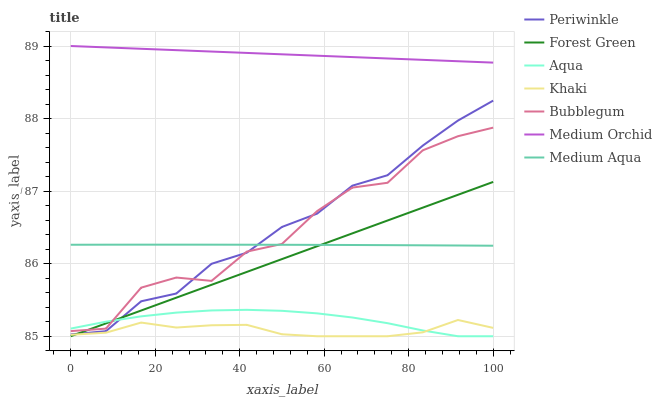
| xaxis_label | Periwinkle | Forest Green | Aqua | Khaki | Bubblegum | Medium Orchid | Medium Aqua |
 | --- | --- | --- | --- | --- | --- | --- | --- |
 | 0 | 85 | 85 | 85.1 | 85 | 85.1 | 89 | 86.3 |
 | 8.33 | 85.1 | 85.2 | 85.2 | 85 | 85.1 | 89 | 86.3 |
 | 16.7 | 85.5 | 85.4 | 85.3 | 85.2 | 85.7 | 89 | 86.3 |
 | 25 | 85.6 | 85.5 | 85.3 | 85.1 | 85.8 | 88.9 | 86.3 |
 | 33.3 | 86 | 85.7 | 85.4 | 85.2 | 85.8 | 88.9 | 86.3 |
 | 41.7 | 86.2 | 85.9 | 85.4 | 85.2 | 86.2 | 88.9 | 86.3 |
 | 50 | 86.5 | 86.1 | 85.4 | 85 | 86.3 | 88.9 | 86.3 |
 | 58.3 | 86.7 | 86.2 | 85.3 | 85 | 86.7 | 88.9 | 86.3 |
 | 66.7 | 87.1 | 86.4 | 85.3 | 85 | 87 | 88.8 | 86.3 |
 | 75 | 87.2 | 86.6 | 85.2 | 85 | 87.1 | 88.8 | 86.3 |
 | 83.3 | 87.6 | 86.8 | 85.1 | 85.1 | 87.6 | 88.8 | 86.3 |
 | 91.7 | 88 | 86.9 | 85 | 85.2 | 87.8 | 88.8 | 86.3 |
 | 100 | 88.2 | 87.1 | 85 | 85.1 | 87.9 | 88.8 | 86.2 |